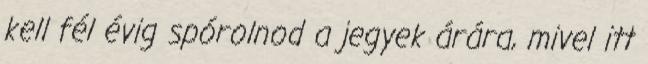
kell fél évig spórolnod a jegyek árára, mivel itt